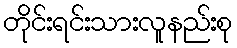
တိုင်းရင်းသားလူနည်းစု